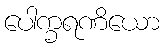
ပေါက္ခရဏိယော